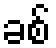
ခစ်